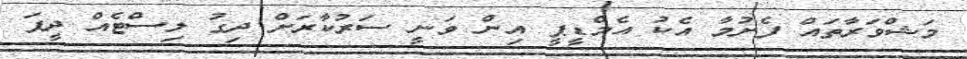
މަޝްވަރާތައް ފެށުމާ އެކު އެމްޑީޕީ އިން ވަނީ ސަރުކާރަށް ދިގު ލިސްޓެއް ދީފަ